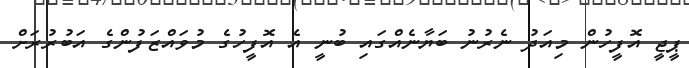
ޕީޖީ އޮފީހުން މިއަދު ނެރުނު ބަޔާނެއްގައި ބުނީ އެ އޮފީހުގެ މުވައްޒަފުންގެ އަބުރުރަށް